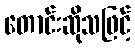
တောင်းဆိုသဖြင့်